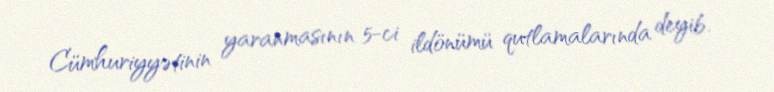
Cümhuriyyətinin yaranmasının 5-ci ildönümü qutlamalarında deyib.